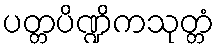
ပတ္တပိဏ္ဍိကသုတ္တံ